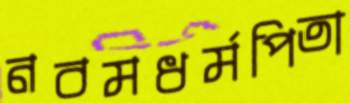
নবমধর্মপিতা